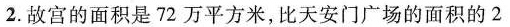
2.故宫的面积是72万平方米，比天安门广场的面积的2